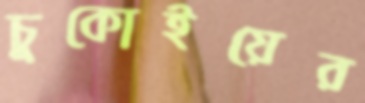
চুকোইয়ের